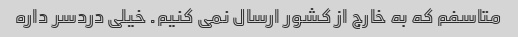
متاسفم که به خارج از کشور ارسال نمی کنیم. خیلی دردسر داره